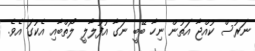
ނަރުސް ކުއްޖާ އަތުން ނިހާ ބޭބީ ނަގާ އުފުލާލީ ލޯތްބާއި އެކުގަ އެވެ.